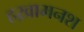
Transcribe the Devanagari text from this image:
हख़ामनश